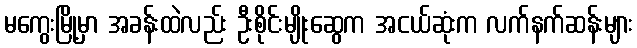
မကွေးမြို့မှာ အခန်းထဲလည်း ဦးစိုင်းမျိုးဆွေက အငယ်ဆုံးက လက်နက်ဆန်းများ